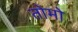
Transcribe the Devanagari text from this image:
तोमो